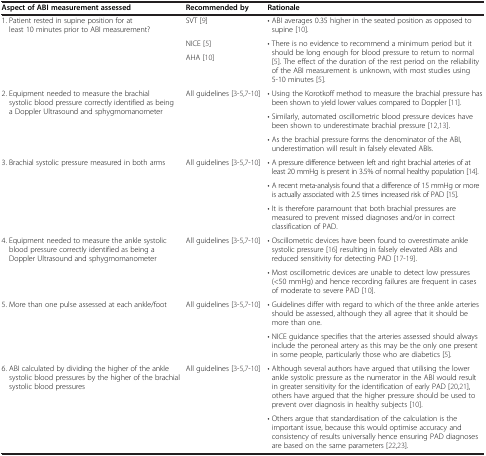
<table><thead><tr><td><b>Aspect of ABI measurement assessed</b></td><td><b>Recommended by</b></td><td><b>Rationale</b></td></tr></thead><tbody><tr><td rowspan="3">1. Patient rested in supine position for at least 10 minutes prior to ABI measurement?</td><td>SVT[9]</td><td>• ABI averages 0.35 higher in the seated position as opposed to supine[10].</td></tr><tr><td>NICE[5]</td><td rowspan="2">• There is no evidence to recommend a minimum period but it should be long enough for blood pressure to return to normal[5]. The effect of the duration of the rest period on the reliability of the ABI measurement is unknown, with most studies using 5-10 minutes[5].</td></tr><tr><td>AHA[10]</td></tr><tr><td rowspan="3">2. Equipment needed to measure the brachial systolic blood pressure correctly identified as being a Doppler Ultrasound and sphygmomanometer</td><td rowspan="3">All guidelines[3-5,7-10]</td><td>• Using the Korotkoff method to measure the brachial pressure has been shown to yield lower values compared to Doppler[11].</td></tr><tr><td>• Similarly, automated oscillometric blood pressure devices have been shown to underestimate brachial pressure[12,13].</td></tr><tr><td>• As the brachial pressure forms the denominator of the ABI, underestimation will result in falsely elevated ABIs.</td></tr><tr><td rowspan="3">3. Brachial systolic pressure measured in both arms</td><td rowspan="3">All guidelines[3-5,7-10]</td><td>• A pressure difference between left and right brachial arteries of at least 20 mmHg is present in 3.5% of normal healthy population[14].</td></tr><tr><td>• A recent meta-analysis found that a difference of 15 mmHg or more is actually associated with 2.5 times increased risk of PAD[15].</td></tr><tr><td>• It is therefore paramount that both brachial pressures are measured to prevent missed diagnoses and/or in correct classification of PAD.</td></tr><tr><td rowspan="2">4. Equipment needed to measure the ankle systolic blood pressure correctly identified as being a Doppler Ultrasound and sphygmomanometer</td><td rowspan="2">All guidelines[3-5,7-10]</td><td>• Oscillometric devices have been found to overestimate ankle systolic pressure[16] resulting in falsely elevated ABIs and reduced sensitivity for detecting PAD[17-19].</td></tr><tr><td>• Most oscillometric devices are unable to detect low pressures (&lt;50 mmHg) and hence recording failures are frequent in cases of moderate to severe PAD[10].</td></tr><tr><td rowspan="2">5. More than one pulse assessed at each ankle/foot</td><td rowspan="2">All guidelines[3-5,7-10]</td><td>• Guidelines differ with regard to which of the three ankle arteries should be assessed, although they all agree that it should be more than one.</td></tr><tr><td>• NICE guidance specifies that the arteries assessed should always include the peroneal artery as this may be the only one present in some people, particularly those who are diabetics[5].</td></tr><tr><td>6. ABI calculated by dividing the higher of the ankle systolic blood pressures by the higher of the brachial systolic blood pressures</td><td>All guidelines[3-5,7-10]</td><td>• Although several authors have argued that utilising the lower ankle systolic pressure as the numerator in the ABI would result in greater sensitivity for the identification of early PAD[20,21], others have argued that the higher pressure should be used to prevent over diagnosis in healthy subjects[10].</td></tr><tr><td> </td><td> </td><td>• Others argue that standardisation of the calculation is the important issue, because this would optimise accuracy and consistency of results universally hence ensuring PAD diagnoses are based on the same parameters[22,23].</td></tr></tbody></table>